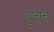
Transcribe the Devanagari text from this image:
पुजाच